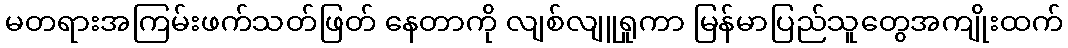
မတရားအကြမ်းဖက်သတ်ဖြတ် နေတာကို လျစ်လျူရှုကာ မြန်မာပြည်သူတွေအကျိုးထက်